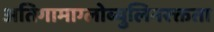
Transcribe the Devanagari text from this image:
अतिगामाग्लोब्युलिनरक्तता